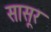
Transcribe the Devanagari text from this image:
सासूर